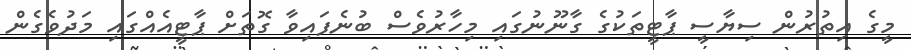
މީގެ އިތުރުން ސިޔާސީ ޕާޓީތަކުގެ ގާނޫނުގައި މިހާރުވެސް ބުނެފައިވާ ގޮތަށް ޕާޓީއެއްގައި މަދުވެގެން